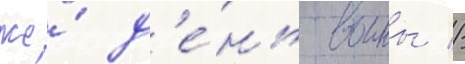
же́ д'е́нь воины //